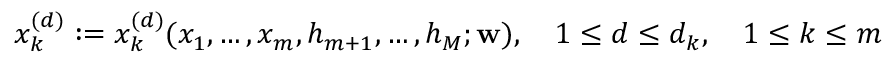
x _ { k } ^ { ( d ) } : = x _ { k } ^ { ( d ) } ( x _ { 1 } , \hdots , x _ { m } , h _ { m + 1 } , \hdots , h _ { M } ; \mathbf { w } ) , \quad 1 \leq d \leq d _ { k } , \quad 1 \leq k \leq m